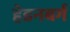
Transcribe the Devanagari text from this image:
हेडनबर्ग